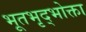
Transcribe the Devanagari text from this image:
भूतभृद्भोक्ता